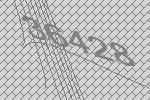
36428